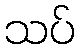
သပ်